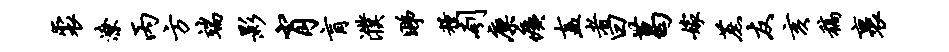
裘潦丙方端影肖肓濮睇粮刳廪痍盍者曰葛嫁蔗友亥稿裹